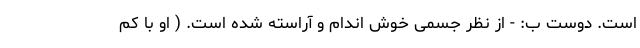
است. دوست ب: - از نظر جسمی خوش اندام و آراسته شده است. ( او با کم